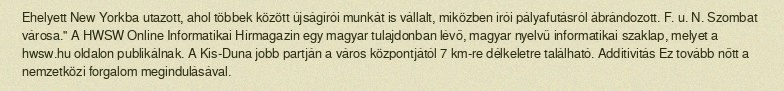
Ehelyett New Yorkba utazott, ahol többek között újságírói munkát is vállalt, miközben írói pályafutásról ábrándozott. F. u. N. Szombat városa." A HWSW Online Informatikai Hírmagazin egy magyar tulajdonban lévő, magyar nyelvű informatikai szaklap, melyet a hwsw.hu oldalon publikálnak. A Kis-Duna jobb partján a város központjától 7 km-re délkeletre található. Additivitás Ez tovább nőtt a nemzetközi forgalom megindulásával.